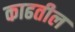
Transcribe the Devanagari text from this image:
काढतील